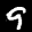
Label: 9